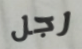
رجل